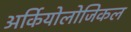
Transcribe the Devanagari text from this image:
अर्कियोलोजिकल